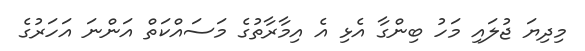
މިދިޔަ ޖުލައި މަހު ބިންގާ އެޅި އެ އިމާރާތުގެ މަސައްކަތް އަންނަ އަހަރުގެ